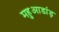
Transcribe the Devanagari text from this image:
महुआडांड़